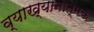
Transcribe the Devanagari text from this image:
व्याख्यानात्मक